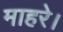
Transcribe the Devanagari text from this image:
माहरे।